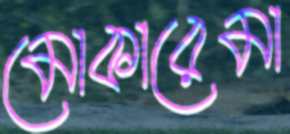
মোকারেমা